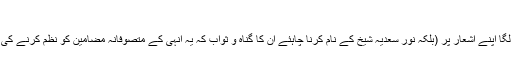
حسان خان, ‏اگست 12, 2018
وعلیکم السلام قبلہ یاسر صاحب اچھا لگا اپنے اشعار پر (بلکہ نور سعدیہ شیخ کے نام کرنا چاہئے ان کا گناہ و ثواب کہ یہ انہی کے متصوفانہ مضامین کو نظم کرنے کی کوشش ہے) آپ کا تبصرہ اچھا لگا ۔